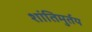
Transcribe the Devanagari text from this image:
शांतिमुर्तय